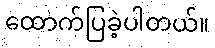
ထောက်ပြခဲ့ပါတယ်။